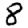
Digit: 8